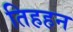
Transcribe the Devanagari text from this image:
तिहहन